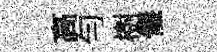
高勻樹儀